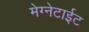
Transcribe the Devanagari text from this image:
मेग्नेटाईट